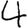
Digit: 4